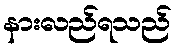
နားလည်ရသည်